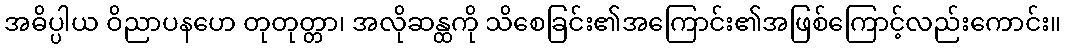
အဓိပ္ပါယ ဝိညာပနဟေ တုတုတ္တာ၊ အလိုဆန္ထကို သိစေခြင်း၏အကြောင်း၏အဖြစ်ကြောင့်လည်းကောင်း။